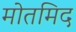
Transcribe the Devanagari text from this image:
मोतमिद